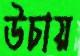
উচায়